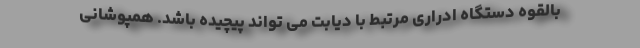
بالقوه دستگاه ادراری مرتبط با دیابت می تواند پیچیده باشد. همپوشانی